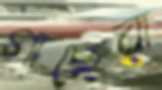
গাছেরা